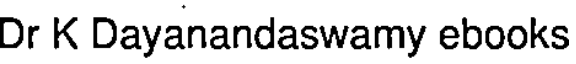
Dr K Dayanandaswamy ebooks